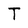
Character: T